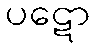
ပဋော